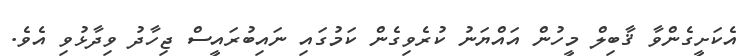
އެކަށީގެންވާ ޤާބިލް މީހުން އައްޔަނު ކުރެވިގެން ކަމުގައި ނައިބުރައީސް ޖިހާދު ވިދާޅުވި އެވެ.